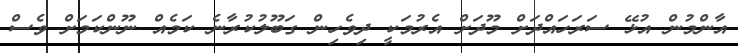
އާންމުން އުޅޭ ސަރަހައްދަށް މޫދަށް އެރުމަކީ ދިވެހިން ގަބޫލުކުރާނެ ކަމެއް ނޫންކަމަށް ވެސް